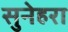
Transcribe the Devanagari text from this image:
सुनेहरा